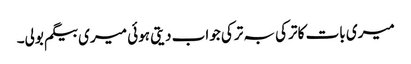
میری بات کا ترکی بہ ترکی جواب دیتی ہوئی میری بیگم بولی۔